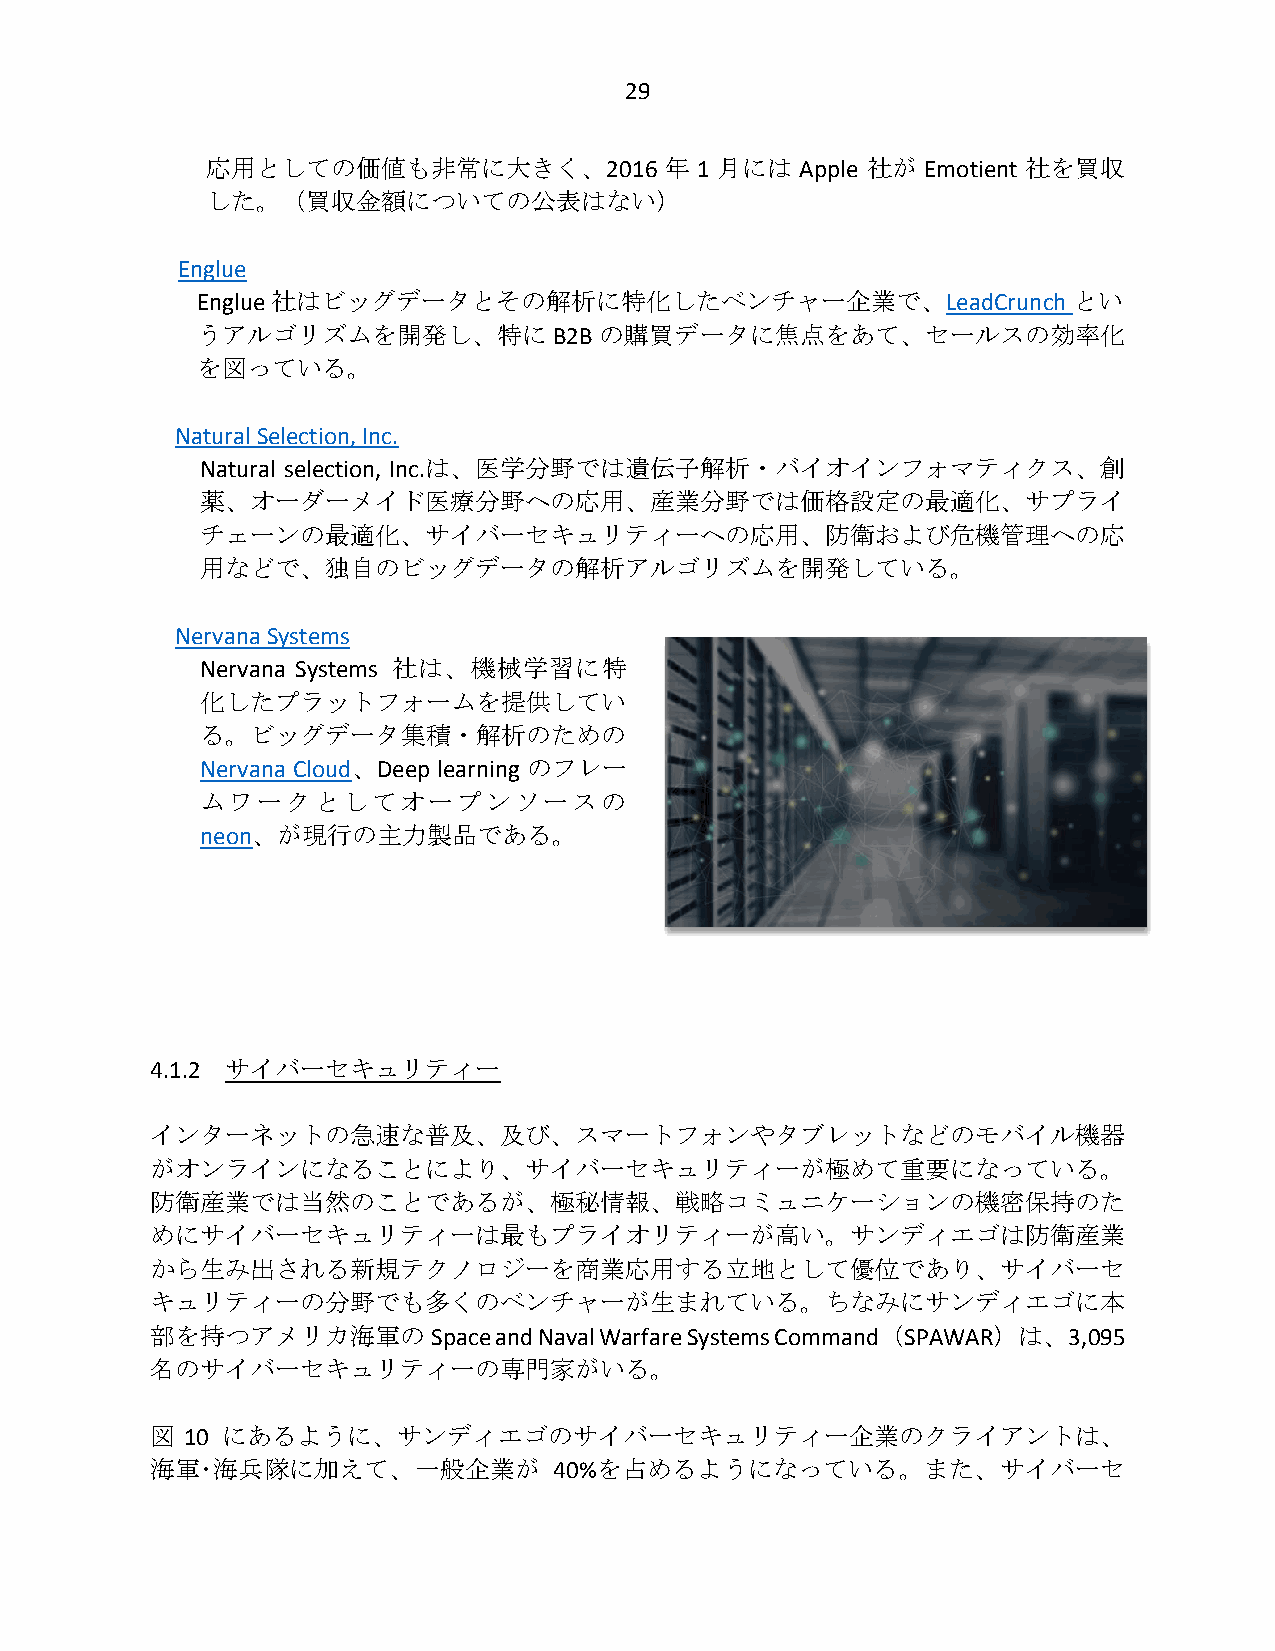
29
 応用としての価値も非常に大きく、2016          年 1 月には  Apple 社が Emotient 社を買収
 した。（買収金額についての公表はない）
 Englue
 Englue 社はビッグデータとその解析に特化したベンチャー企業で、LeadCrunch              とい
 うアルゴリズムを開発し、特に          B2B の購買データに焦点をあて、セールスの効率化
 を図っている。
 Natural Selection, Inc.
 Natural selection, Inc.は、医学分野では遺伝子解析・バイオインフォマティクス、創
 薬、オーダーメイド医療分野への応用、産業分野では価格設定の最適化、サプライ
 チェーンの最適化、サイバーセキュリティーへの応用、防衛および危機管理への応
 用などで、独自のビッグデータの解析アルゴリズムを開発している。
 Nervana Systems
 Nervana Systems 社は、機械学習に特
 化したプラットフォームを提供してい
 る。ビッグデータ集積・解析のための
 Nervana Cloud、Deep learning のフレー
 ムワークとしてオープンソースの
 neon、が現行の主力製品である。
 4.1.2 サイバーセキュリティー
 インターネットの急速な普及、及び、スマートフォンやタブレットなどのモバイル機器
 がオンラインになることにより、サイバーセキュリティーが極めて重要になっている。
 防衛産業では当然のことであるが、極秘情報、戦略コミュニケーションの機密保持のた
 めにサイバーセキュリティーは最もプライオリティーが高い。サンディエゴは防衛産業
 から生み出される新規テクノロジーを商業応用する立地として優位であり、サイバーセ
 キュリティーの分野でも多くのベンチャーが生まれている。ちなみにサンディエゴに本
 部を持つアメリカ海軍の        Space and Naval Warfare Systems Command（SPAWAR）は、3,095
 名のサイバーセキュリティーの専門家がいる。
 図 10 にあるように、サンディエゴのサイバーセキュリティー企業のクライアントは、
 海軍･海兵隊に加えて、一般企業が           40%を占めるようになっている。また、サイバーセ